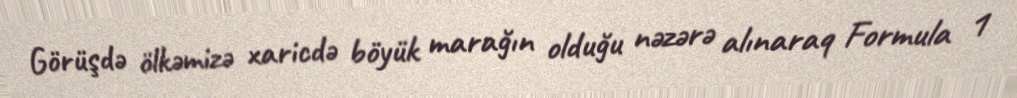
Görüşdə ölkəmizə xaricdə böyük marağın olduğu nəzərə alınaraq Formula 1